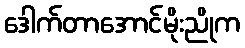
ဒေါက်တာအောင်မိုးညိုက